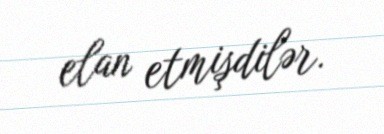
elan etmişdilər.